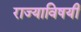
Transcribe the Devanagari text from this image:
राज्याविषयी